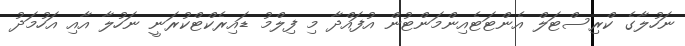
ނަހުލާގެ ކްރިސްޓަލް އެންޓަޓެއިންމަންޓުން އުފައްދާ މި ފިލްމު ޑައިރެކްޓްކުރަނީ ނަހުލާ އާއި އަހުމަދު